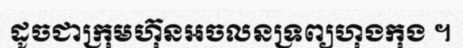
ដូចជាក្រុមហ៊ុនអចលនទ្រព្យហុងកុង ។